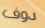
دوف